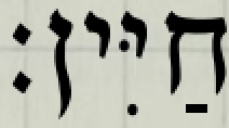
חַיִּין׃